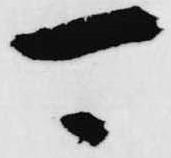
可